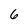
Character: 6